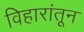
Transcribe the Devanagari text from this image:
विहारांतून